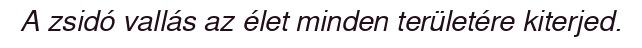
A zsidó vallás az élet minden területére kiterjed.